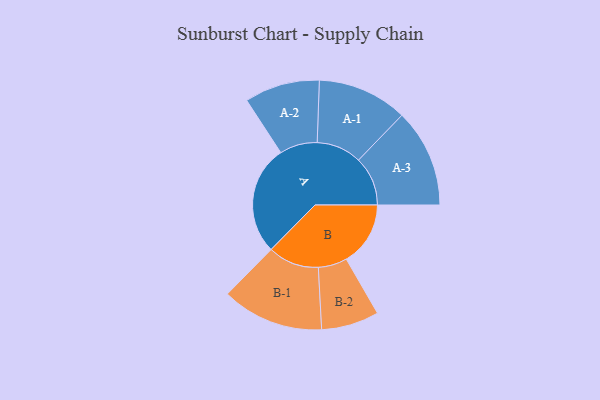
{"axis": {"x": "Segment", "y": "Value"}, "legend": ["", "A", "B"], "data": [{"x": "A", "y": 474, "type": ""}, {"x": "B", "y": 278, "type": ""}, {"x": "A-1", "y": 195, "type": "A"}, {"x": "A-2", "y": 163, "type": "A"}, {"x": "A-3", "y": 213, "type": "A"}, {"x": "B-1", "y": 221, "type": "B"}, {"x": "B-2", "y": 125, "type": "B"}]}